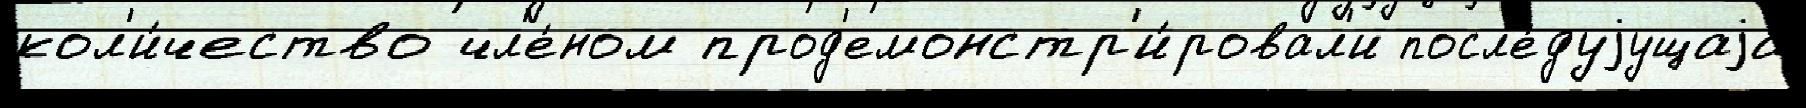
кол'и́чество чл'е́ном прод'емонстр'и́ровал'и посл'е́дуjущаjа